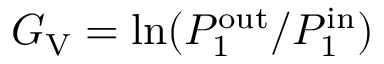
G _ { \mathrm { V } } = \mathrm { l n } ( P _ { 1 } ^ { \mathrm { o u t } } / P _ { 1 } ^ { \mathrm { i n } } )